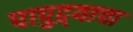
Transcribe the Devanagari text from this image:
पापुद्र्याचा